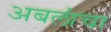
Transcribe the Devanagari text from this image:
अबलांचा